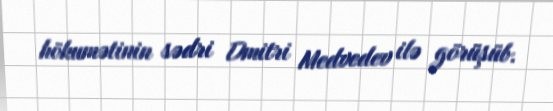
hökumətinin sədri Dmitri Medvedev ilə görüşüb.